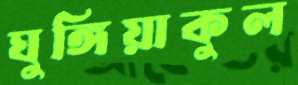
ঘুঙ্গিয়াকুল